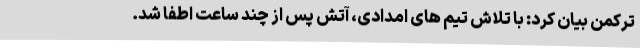
ترکمن بیان کرد: با تلاش تیم های امدادی، آتش پس از چند ساعت اطفا شد.